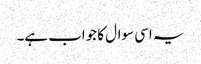
یہ اسی سوال کا جواب ہے۔